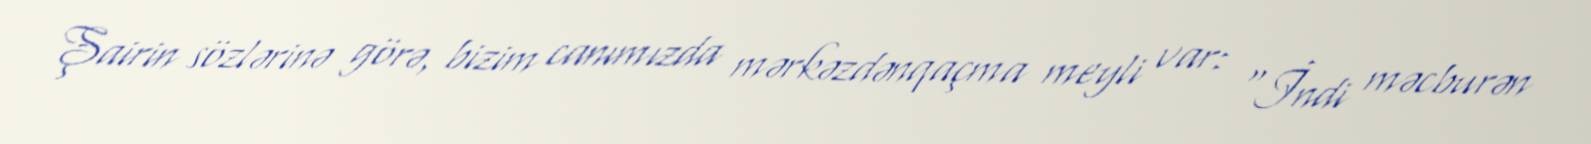
Şairin sözlərinə görə, bizim canımızda mərkəzdənqaçma meyli var: “İndi məcburən